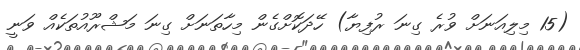
(15 މިލިއަނަށް ވުރެ ގިނަ ރުފިޔާ) ހޭދަކޮށްގެން މިހާތަނަށް ގިނަ މަޝްރޫއުތަކެއް ވަނީ